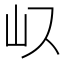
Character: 𭖀